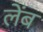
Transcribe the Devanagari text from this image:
लेंब